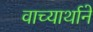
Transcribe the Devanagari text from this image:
वाच्यार्थाने